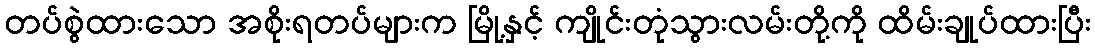
တပ်စွဲထားသော အစိုးရတပ်များက မြို့နှင့် ကျိုင်းတုံသွားလမ်းတို့ကို ထိမ်းချုပ်ထားပြီး